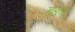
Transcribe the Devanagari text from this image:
मापूसा